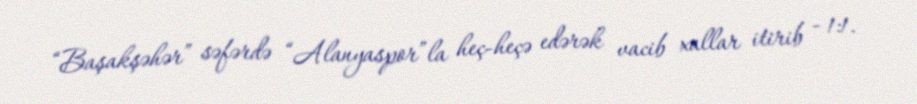
“Başakşəhər” səfərdə “Alanyaspor”la heç-heçə edərək vacib xallar itirib - 1:1.